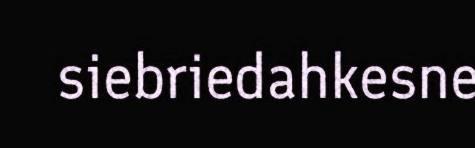
siebriedahkesne